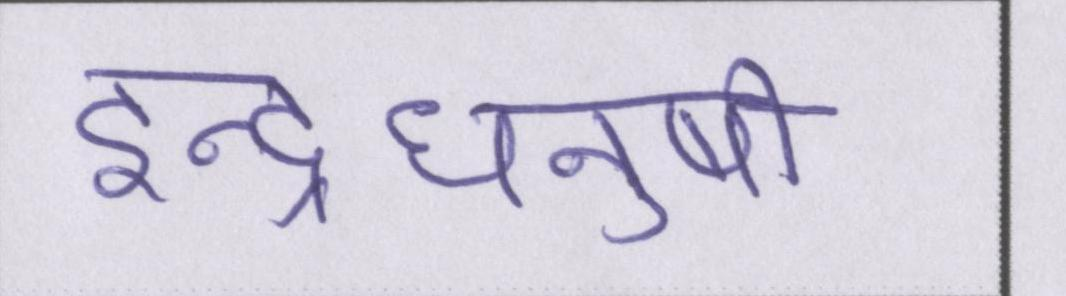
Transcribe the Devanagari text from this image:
इन्द्रधनुषी